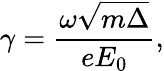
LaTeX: \gamma=\frac{\omega\sqrt{m\Delta}}{eE_{0}},